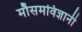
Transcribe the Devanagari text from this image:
मौसमविज्ञानी